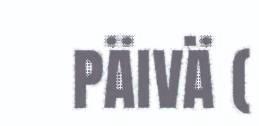
PÄIVÄ (